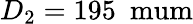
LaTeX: D_{2}=195~\mathrm{\ mum}